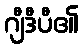
ဂျီဒီပီ၏